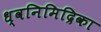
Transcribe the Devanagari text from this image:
ध्वनिमिद्रिका